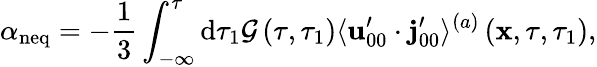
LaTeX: \alpha_{\mathrm{neq}}=-\frac{1}{3}\int_{-\infty}^{\tau}\mathrm{d}\tau_{1}\mathcal{G}\left(\tau,\tau_{1}\right)\langle\mathbf{u}_{00}^{\prime}\cdot\mathbf{j}_{00}^{\prime}\rangle^{(a)}\left(\mathbf{x},\tau,\tau_{1}\right),